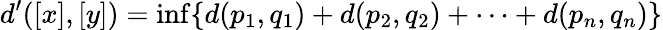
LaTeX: d^{\prime}([x],[y])=\operatorname*{inf}\{ d(p_{1},q_{1})+d(p_{2},q_{2})+\dotsb+d(p_{n},q_{n})\}